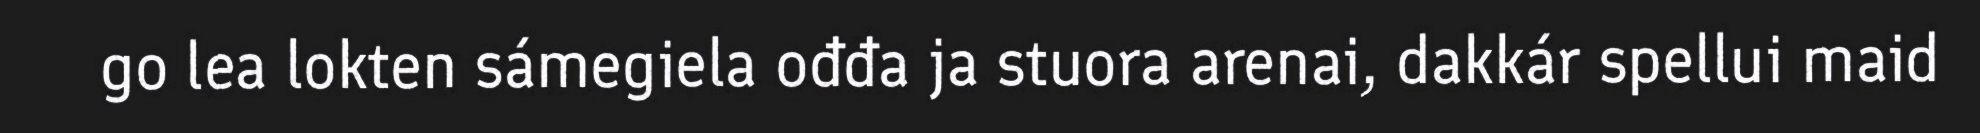
go lea lokten sámegiela ođđa ja stuora arenai, dakkár spellui maid